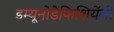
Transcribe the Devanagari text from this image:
इम्यूनोडेफिशियेंसी